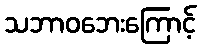
သဘာဝဘေးကြောင့်